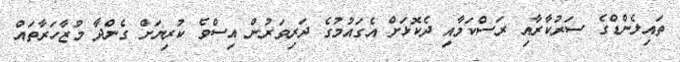
ތައިލެންޑްގެ ސަރުކާރާއި ރަސްކަމާއި ދެކޮޅަށް އެގައުމުގެ ދަރިވަރުން އިސްވެ ކުރިޔަށް ގެންދާ މުޒާހަރާތައް